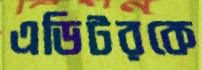
এডিটরকে